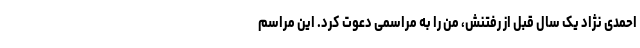
احمدی نژاد یک سال قبل از رفتنش، من را به مراسمی دعوت کرد. این مراسم